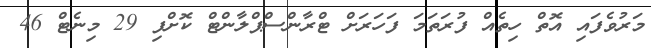
މަރުވެފައި އޮތް ހިތެއް ފުރަތަމަ ފަހަރަށް ޓްރާންސްޕްލާންޓް ކޮށްފި 29 މިނެޓް 46